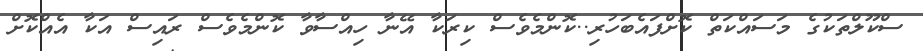
ސްކޫލްތަކުގެ މަސައްކަތް ކޮށްފައެބަހުރި..ކޮންމެވެސް ކިރަކާ އޭނާ ހިއްސާވާ ކޮންމެެވެސް ރައިސް އަކާ އެއްކޮށް